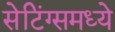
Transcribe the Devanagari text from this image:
सेटिंग्समध्ये